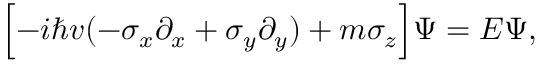
\Bigl [ - i \hbar v ( - \sigma _ { x } \partial _ { x } + \sigma _ { y } \partial _ { y } ) + m \sigma _ { z } \Bigr ] \Psi = E \Psi ,